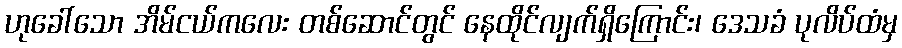
ဟုခေါ်သော အိမ်ငယ်ကလေး တစ်ဆောင်တွင် နေထိုင်လျက်ရှိကြောင်း၊ ဒေသခံ ပုလိပ်ထံမှ